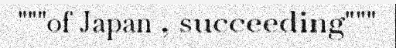
"""of Japan , succeeding"""